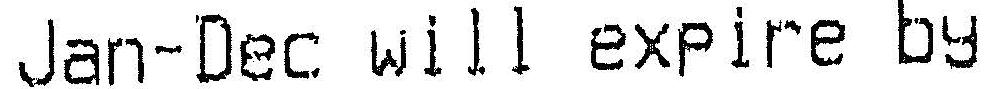
JAN-DEC WILL EXPIRE BY